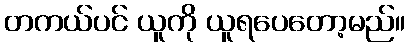
တကယ်ပင် ယူကို ယူရပေတော့မည်။